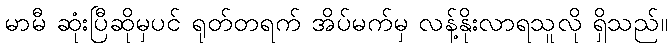
မာမီ ဆုံးပြီဆိုမှပင် ရုတ်တရက် အိပ်မက်မှ လန့်နိုးလာရသူလို ရှိသည်။